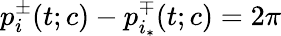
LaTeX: p_{i}^{\pm}(t;c)-p_{i_{*}}^{\mp}(t;c)=2\pi